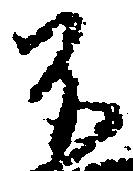
不